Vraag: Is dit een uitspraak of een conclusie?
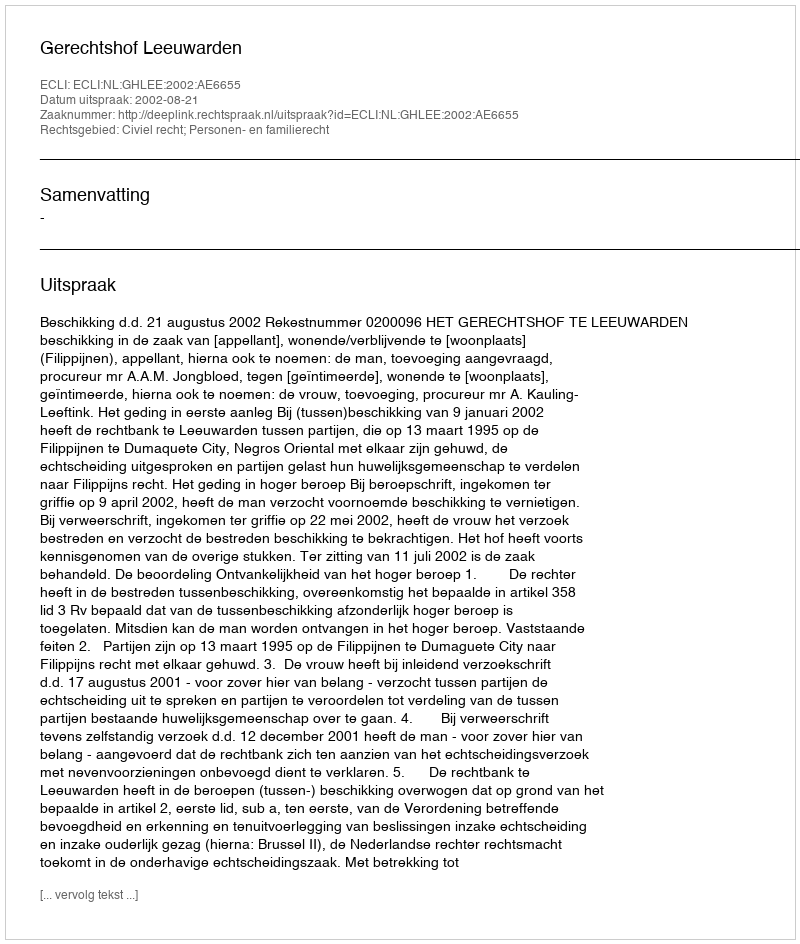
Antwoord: Uitspraak